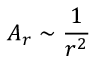
A _ { r } \sim \frac { 1 } { r ^ { 2 } }